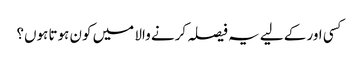
کسی اور کے لیے یہ فیصلہ کرنے والا میں کون ہوتا ہوں؟